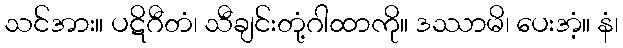
သင်အား။ ပဋိဂီတံ၊ သီချင်းတုံ့ဂါထာကို။ ဒဿာမိ၊ ပေးအံ့။ နံ၊